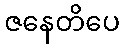
ဇနေတိပေ